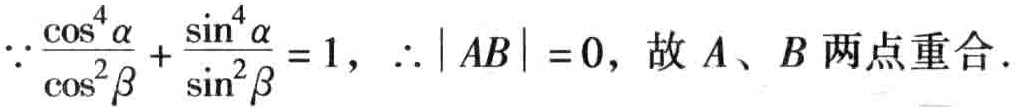
\(\because\frac{\cos^{4}\alpha}{\cos^{2}\beta}+\frac{\sin^{4}\alpha}{\sin^{2}\beta}=1,\ \therefore|AB| = 0,\) 故 \(A、B\) 两点重合.